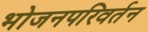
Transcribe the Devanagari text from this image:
भोजनपरिवर्तन